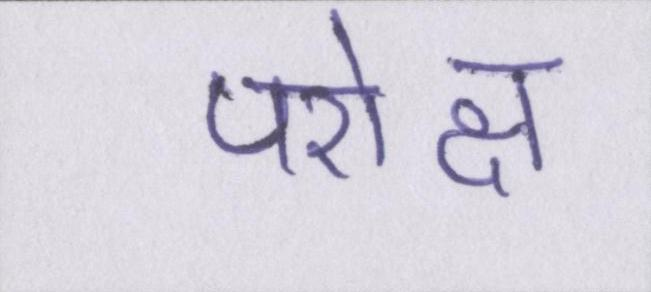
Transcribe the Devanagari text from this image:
परोक्ष